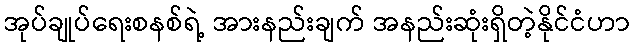
အုပ်ချုပ်ရေးစနစ်ရဲ့ အားနည်းချက် အနည်းဆုံးရှိတဲ့နိုင်ငံဟာ